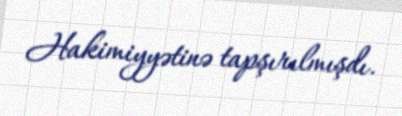
Hakimiyyətinə tapşırılmışdı.